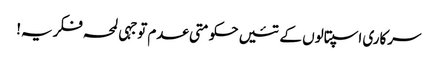
سرکاری اسپتالوں کے تئیں حکومتی عدم توجہی لمحہ فکریہ!